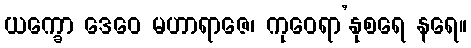
ယက္ခော ဒေဝေ မဟာရာဇေ၊ ကုဝေရာ’နုစရေ နရေ။